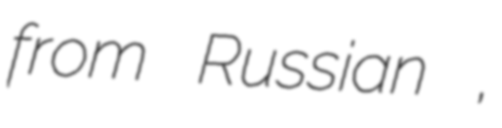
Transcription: from Russian моногород,